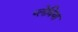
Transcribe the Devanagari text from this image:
प्लेविया